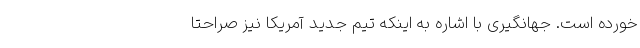
خورده است. جهانگیری با اشاره به اینکه تیم جدید آمریکا نیز صراحتاً